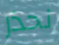
نحذر